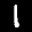
Label: 1